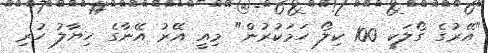
"އޭރުގެ ގޯލަކީ 100 ކިލޯ ހަމަކުރުން" މިއީ އޭރު އޭނާގެ ހިޔާލު ހުރި